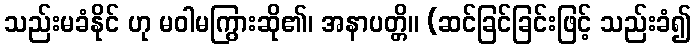
သည်းမခံနိုင် ဟု မဝါမကြွားဆို၏၊ အနာပတ္တိ။ (ဆင်ခြင်ခြင်းဖြင့် သည်းခံ၍